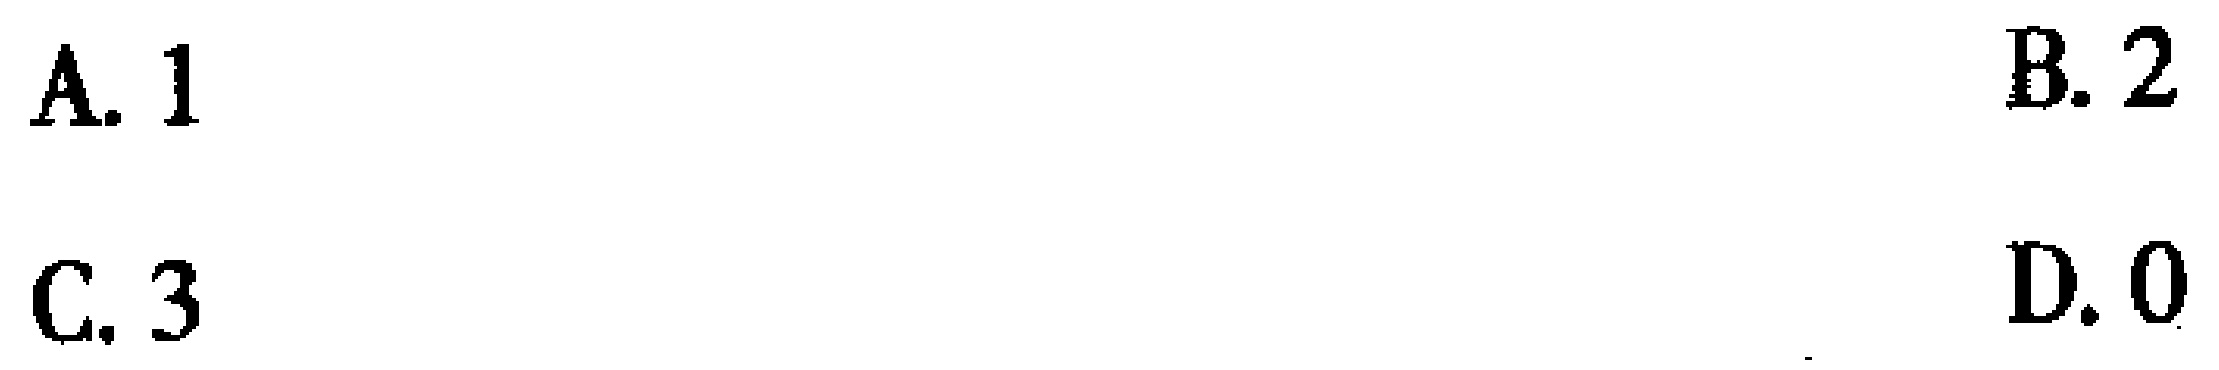
A. 1
B. 2
C. 3
D. 0